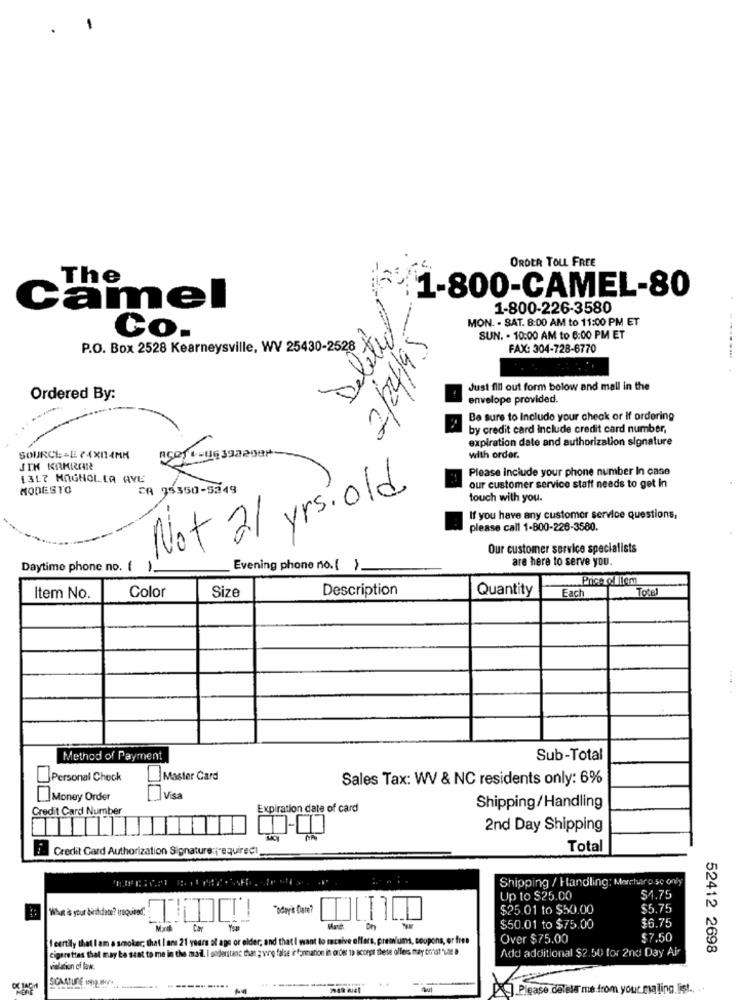
ORDER TOLL FREE
The
1-800-CAMEL-80
Camel
1-800-226-3580
Deleted
MON. . SAT. 8:00 AM to 11:00 PM ET
Co.
2/24/95
SUN. . 10:00 AM to 6:00 PM ET
P.O. Box 2528 Kearneysville, WV 25430-2528
FAX: 304-728-6770
Just fill out form below and mall in the
Ordered By:
envelope provided.
Be sure to Include your check or If ordering
by credit card include credit card number,
expiration date and authorization signature
SOURCE=E 74X14MM
with order.
JIK KAKRAR
Please Include your phone number In case
1317 MAGNOLIA AVE
MODESTO
CA 35350-5349
our customer service statt needs to get In
Not al yrs old
touch with you.
If you have any customer service questions,
please call 1-800-226-3580.
Our customer service specialists
are here to serve you.
Daytime phone no. (
1.
Evening phone no. [ }
Price o. Illem
Size
Description
Quantity
Each
Total
Item No.
Color
Method of Payment
Sub-Total
Personal Check
Master Card
Sales Tax: WV & NC residents only: 6%
Money Order
Visa
Credit Card Number
Expiration date of card
Shipping/Handling
2nd Day Shipping
Credit Card Authorization Signature:(required
...
Total
Shipping / Handling: Macharo se only
Up to $25.00
$4.75
"Today's Date?
$25.01 to $50.00
$5.75
& your birdate? raquel
$6.75
Cay
$50.01 to $75.00
1 eurtily that I am a smoker; that I ans 21 years of age or elder, and that I want to receive offers, premiums, coupons, or free
Over $75.00
$7.50
Cigarettes that may be sent to me in the mail. I understand that g ving false information in order to accept these offers may const'var a
Add additional $2.50 for 2nd Day Air
52412 2698
vialeion of law.
SCAATURE INDE WHY+
-------....
P Please delete me from your maling. list .. .